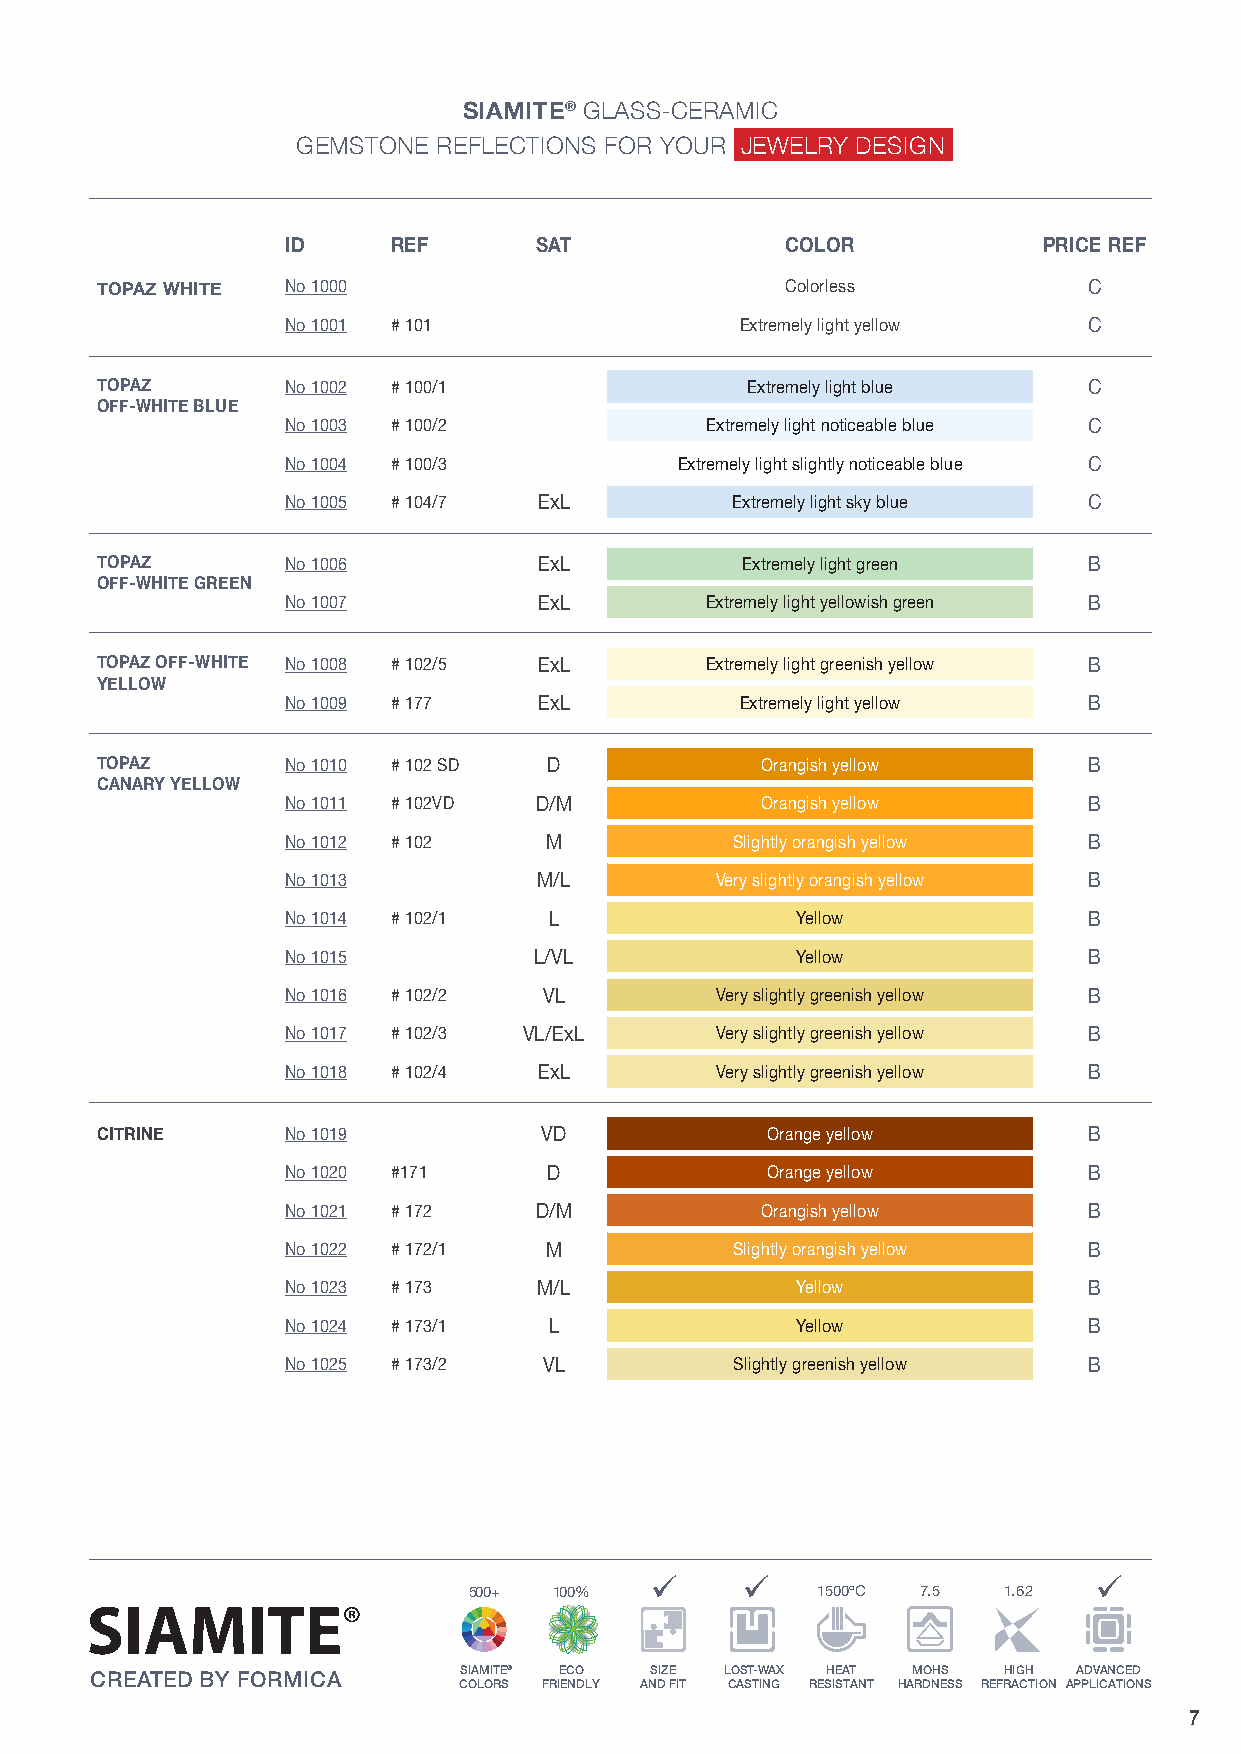
SIAMITE® GLASS-CERAMIC
 GEMSTONE REFLECTIONS FOR YOUR JEWELRY DESIGN
 ID     REF      SAT              COLOR            PRICE REF
 TOPAZ WHITE  No 1000                          Colorless           C
 No 1001 # 101                 Extremely light yellow C
 TOPAZ        No 1002 # 100/1               Extremely light blue   C
 OFF-WHITE BLUE
 No 1003 # 100/2             Extremely light noticeable blue C
 No 1004 # 100/3           Extremely light slightly noticeable blue C
 No 1005 # 104/7  ExL         Extremely light sky blue C
 TOPAZ        No 1006          ExL          Extremely light green  B
 OFF-WHITE GREEN
 No 1007          ExL        Extremely light yellowish green B
 TOPAZ OFF-WHITE No 1008 # 102/5 ExL      Extremely light greenish yellow B
 YELLOW
 No 1009 # 177    ExL          Extremely light yellow B
 TOPAZ        No 1010 # 102 SD D             Orangish yellow       B
 CANARY YELLOW
 No 1011 # 102VD D/M            Orangish yellow       B
 No 1012 # 102    M           Slightly orangish yellow B
 No 1013          M/L        Very slightly orangish yellow B
 No 1014 # 102/1  L                Yellow             B
 No 1015         L/VL              Yellow             B
 No 1016 # 102/2  VL         Very slightly greenish yellow B
 No 1017 # 102/3 VL/ExL      Very slightly greenish yellow B
 No 1018 # 102/4  ExL        Very slightly greenish yellow B
 CITRINE      No 1019          VD             Orange yellow        B
 No 1020 #171     D              Orange yellow        B
 No 1021 # 172   D/M            Orangish yellow       B
 No 1022 # 172/1  M           Slightly orangish yellow B
 No 1023 # 173    M/L              Yellow             B
 No 1024 # 173/1  L                Yellow             B
 No 1025 # 173/2  VL           Slightly greenish yellow B
 ü     ü                      ü
 500+  100%             1500ºC 7.5  1.62
 SIAMITE® ECO SIZE LOST-WAX HE AT MOHS HIGH ADVANCED
 CREATED BY FORMICA
 COLORS FRIENDLY AND FIT CASTING RESISTANT HARDNESS REFRACTION APPLICATIONS
 7